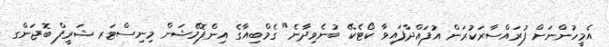
އެމީހުންނަށް ފުރައްސާރަކުރަން އުފައްދާފައިވާ ކޯޓެކޭ ބުނެވިދާނެ" ގެމްބިއާގެ އިންފޮމޭޝަން މިނިސްޓަރ ޝަރީފް ބޮޖަންގ